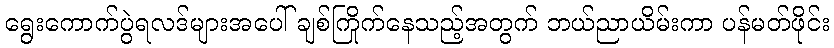
ရွေးကောက်ပွဲရလဒ်များအပေါ် ချစ်ကြိုက်နေသည့်အတွက် ဘယ်ညာယိမ်းကာ ပန်မတ်ဖိုင်း